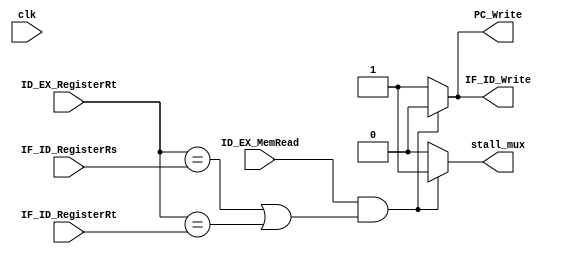
module Hazard_detection(
    input clk,
    input ID_EX_MemRead,
    input ID_EX_RegisterRt,
    input IF_ID_RegisterRs,
    input IF_ID_RegisterRt,

    output reg stall_mux,
    output reg IF_ID_Write,
    output reg PC_Write
);


initial begin
    stall_mux <= 0;
    IF_ID_Write <= 1;
    PC_Write <= 1;
end

//posedge clk
always @(*)begin
    if(ID_EX_MemRead &&(
        (ID_EX_RegisterRt == IF_ID_RegisterRs) || (ID_EX_RegisterRt == IF_ID_RegisterRt)
        ))begin
        stall_mux = 1;
        IF_ID_Write = 0;
        PC_Write = 0;
    end
    else begin
        stall_mux = 0;
        IF_ID_Write = 1;
        PC_Write = 1;
    end
end



endmodule